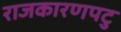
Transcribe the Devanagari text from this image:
राजकारणपटु